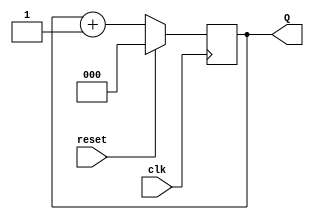
module binary_counter (
    input wire clk,        // Clock input
    input wire reset,      // Active-high reset input
    output reg [2:0] Q     // 3-bit output for the counter
);

// Always block triggered on the rising edge of the clock
always @(posedge clk) begin
    if (reset) begin
        Q <= 3'b000;      // Reset the counter to 0
    end else begin
        Q <= Q + 1;       // Increment the counter
    end
end

endmodule